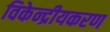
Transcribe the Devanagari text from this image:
विकेन्द्रीयकरण